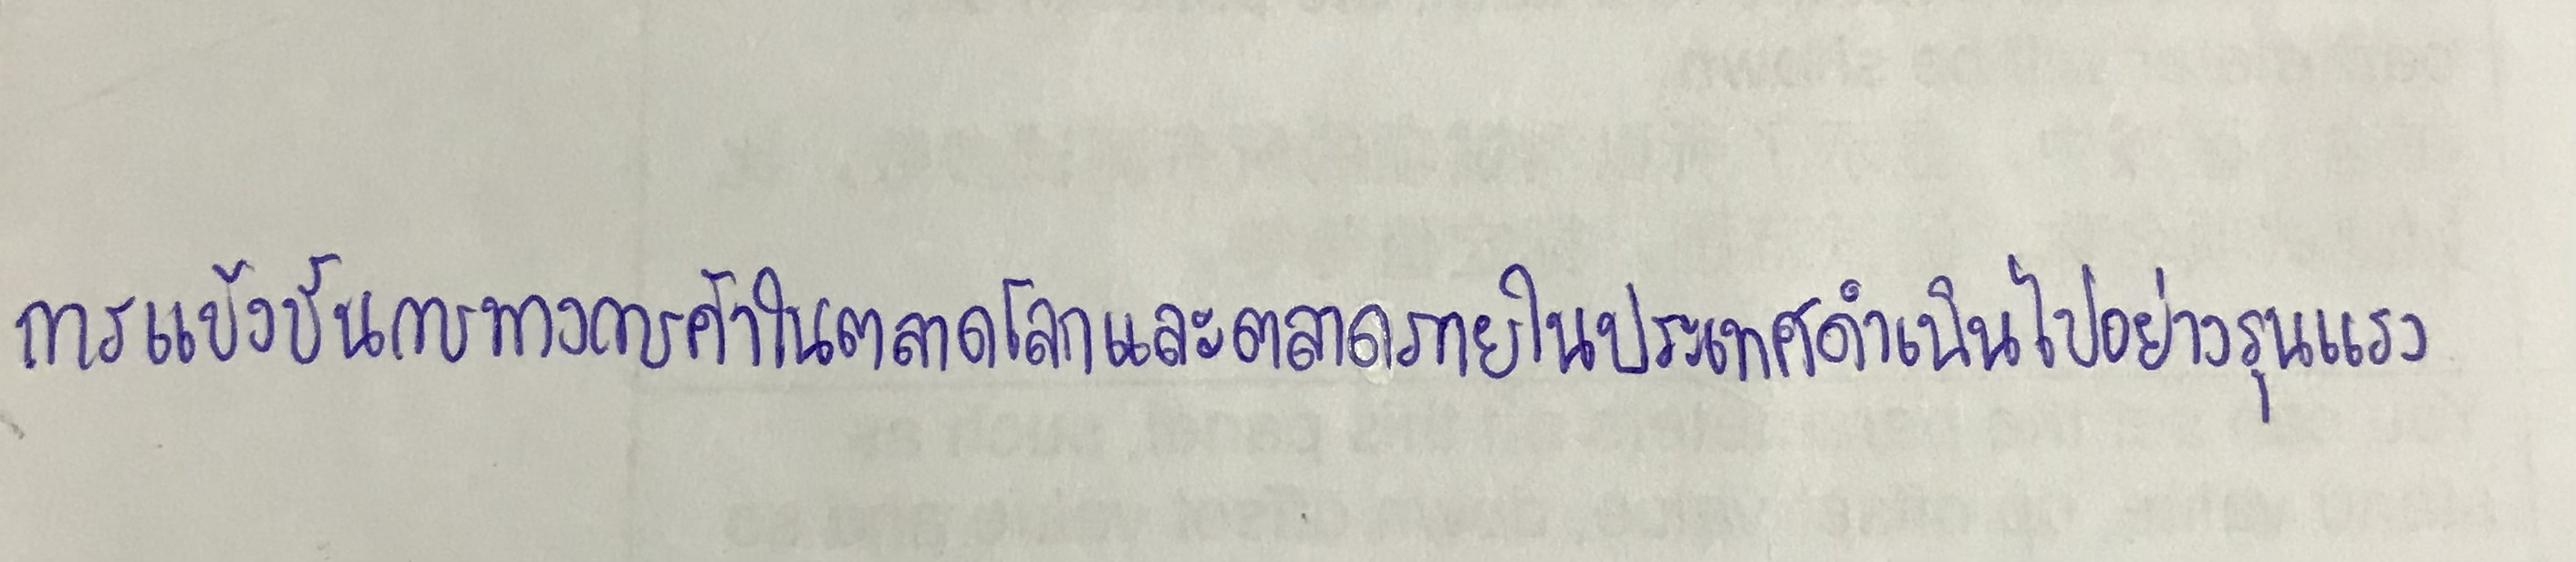
การแข้งขันกันทางการค้าในตลาดโลกและตลาดภายในประเทศดำเนินไปอย่างรุนแรง